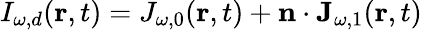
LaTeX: I_{\omega,d}(\mathbf r,t)=J_{\omega,0}(\mathbf r,t)+\mathbf n\cdot\mathbf J_{\omega,1}(\mathbf r,t)